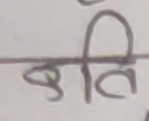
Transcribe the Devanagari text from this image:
कृति